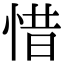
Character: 惜